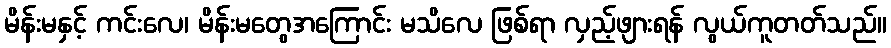
မိန်းမနှင့် ကင်းလေ၊ မိန်းမတွေအကြောင်း မသိလေ ဖြစ်ရာ လှည့်ဖျားရန် လွယ်ကူတတ်သည်။